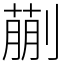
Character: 蒯